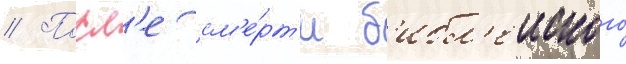
// Посл'е см'е́рт'и б'ибл'еиского